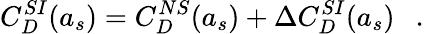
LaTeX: C_{D}^{SI}(a_{s})=C_{D}^{NS}(a_{s})+\Delta C_{D}^{SI}(a_{s})~~~.